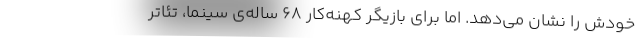
خودش را نشان می‌دهد. اما برای بازیگر کهنه‌کار ۶۸ ساله‌ی سینما، تئاتر